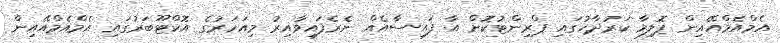
އެމްއެމްއޭއިން ޕޮލިމާ ކަރުދާހުގައި ޕްރިންޓުކޮށް އާ ފައިސާއެއް ނެރެފައިވާއިރު މިއަހަރުގެ އޮކްޓޫބަރުގައި އެމްއެމްއޭއިން